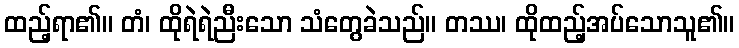
ထည့်ရာ၏။ တံ၊ ထိုရဲရဲညီးသော သံတွေခဲသည်။ တဿ၊ ထိုထည့်အပ်သောသူ၏။